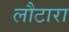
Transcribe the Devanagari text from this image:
लौटारा